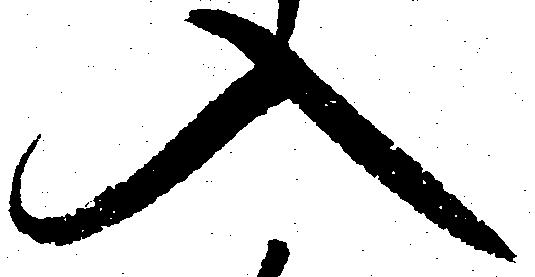
入